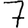
Digit: 7